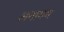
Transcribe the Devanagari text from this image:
अनागम